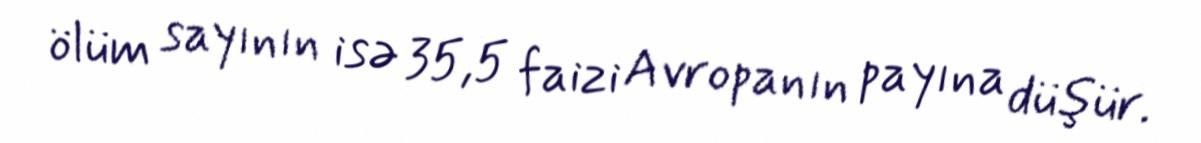
ölüm sayının isə 35,5 faizi Avropanın payına düşür.